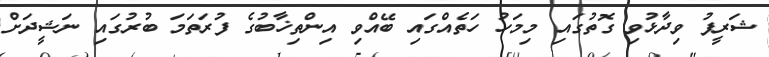
ޝަރީފު ވިދާޅުވި ގޮތުގައި މިމަހު ހަތެއްގައި ބޭއްވި އިންތިޚާބުގެ ފުރަތަމަ ބުރުގައި ނަޝީދަށް